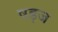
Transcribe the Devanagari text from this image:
षड़ज